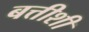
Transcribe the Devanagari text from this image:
बत्तीशी